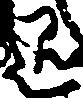
退